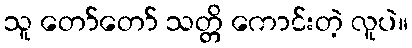
သူ တော်တော် သတ္တိ ကောင်းတဲ့ လူပဲ။